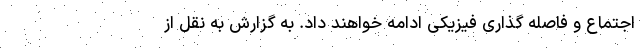
اجتماع و فاصله گذاری فیزیکی ادامه خواهند داد. به گزارش به نقل از